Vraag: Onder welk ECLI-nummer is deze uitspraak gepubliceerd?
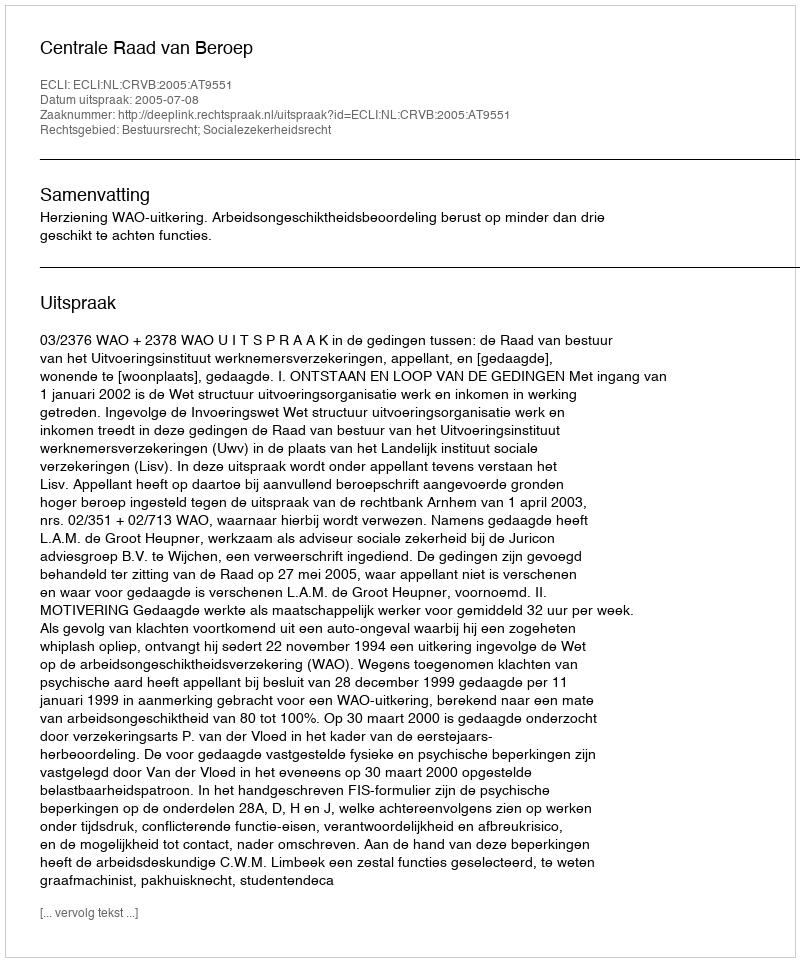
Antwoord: ECLI:NL:CRVB:2005:AT9551